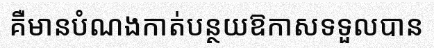
គឺមានបំណងកាត់បន្ថយឱកាសទទួលបាន